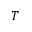
T